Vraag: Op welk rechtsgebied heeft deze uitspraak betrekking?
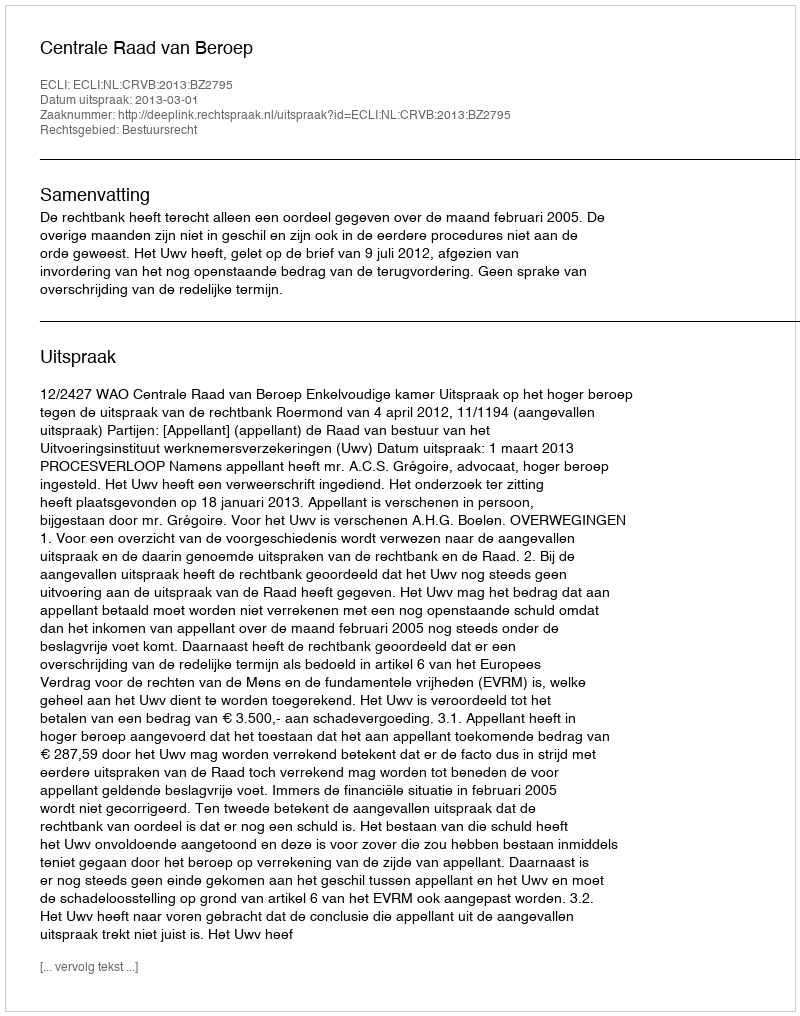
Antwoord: Bestuursrecht